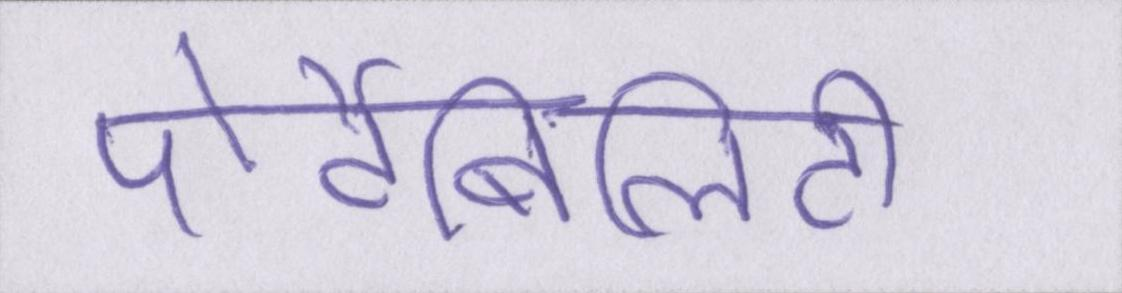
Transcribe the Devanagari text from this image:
पोर्टेबिलिटी